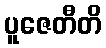
ပူဇေတီတိ